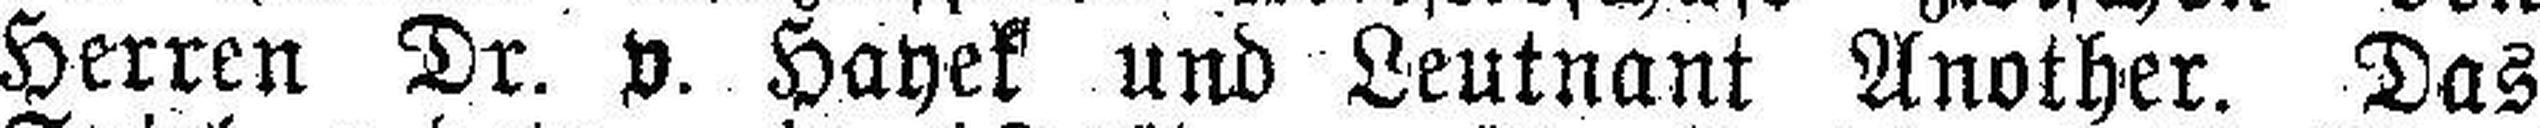
Herren Dr. v. Hayek und Leutnant Another. Das